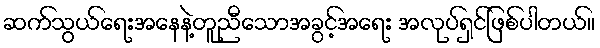
ဆက်သွယ်ရေးအနေနဲ့တူညီသောအခွင့်အရေး အလုပ်ရှင်ဖြစ်ပါတယ်။